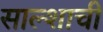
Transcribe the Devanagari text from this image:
साल्शाची